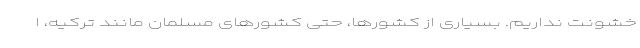
خشونت نداریم. بسیاری از کشورها، حتی کشورهای مسلمان مانند ترکیه، ا